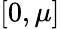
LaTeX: [0,\mu]